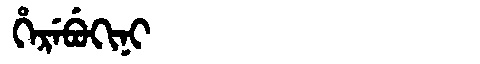
Manchu: ᡥᡝᡵᡝᠪᡠᡴᡳᠨᡳ
Romanization: HEREBUKINI